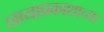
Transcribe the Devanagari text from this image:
छायाप्रकाशाच्या